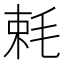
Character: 𣭵